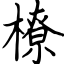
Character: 橑